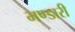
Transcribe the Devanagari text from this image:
भण्‍डारी